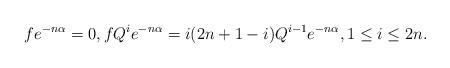
LaTeX: \begin{gather*}fe^{-n\alpha}=0,fQ^{i}e^{-n\alpha}=i(2n+1-i)Q^{i-1}e^{-n\alpha},1\leq i\leq2n.\end{gather*}